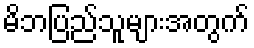
မိဘပြည်သူများအတွက်